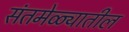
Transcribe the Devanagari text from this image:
संतमेळ्यातील